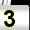
Digit: 3